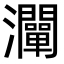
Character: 灛